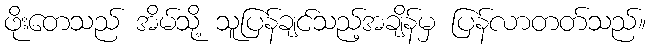
ဖိုးတေသည် အိမ်သို့ သူပြန်ချင်သည့်အချိန်မှ ပြန်လာတတ်သည်။